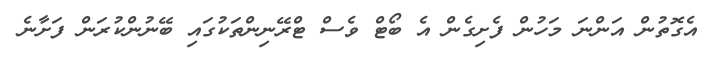
އެގޮތުން އަންނަ މަހުން ފެށިގެން އެ ބޯޓް ވެސް ޓްރޭނިންތަކުގައި ބޭނުންކުރަން ފަށާނެ